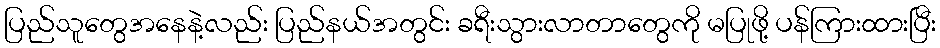
ပြည်သူတွေအနေနဲ့လည်း ပြည်နယ်အတွင်း ခရီးသွားလာတာတွေကို မပြုဖို့ ပန်ကြားထားပြီး